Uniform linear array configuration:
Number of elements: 16
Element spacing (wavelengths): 0.75
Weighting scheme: blackman
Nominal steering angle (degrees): -15
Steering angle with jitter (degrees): -14.099
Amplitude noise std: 0.05
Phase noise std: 0.05

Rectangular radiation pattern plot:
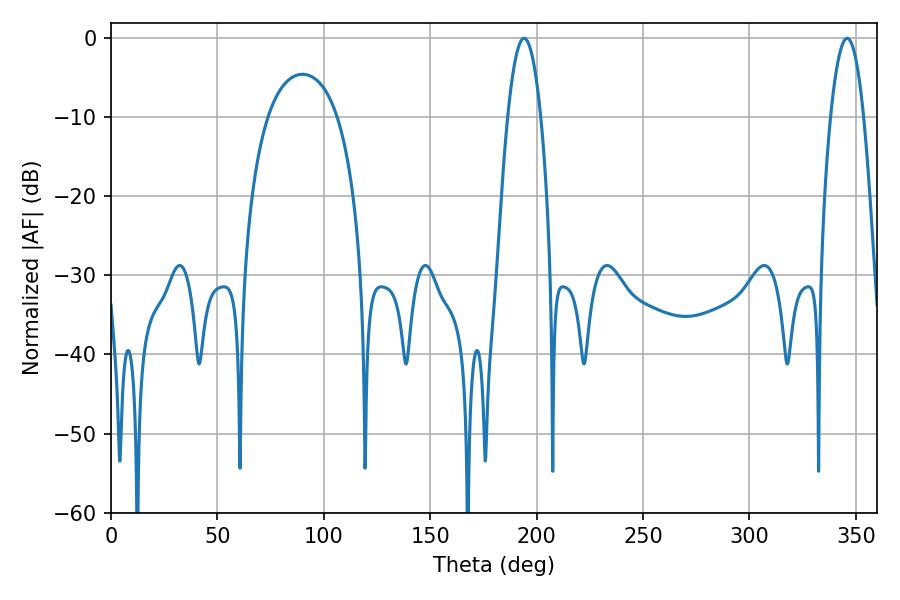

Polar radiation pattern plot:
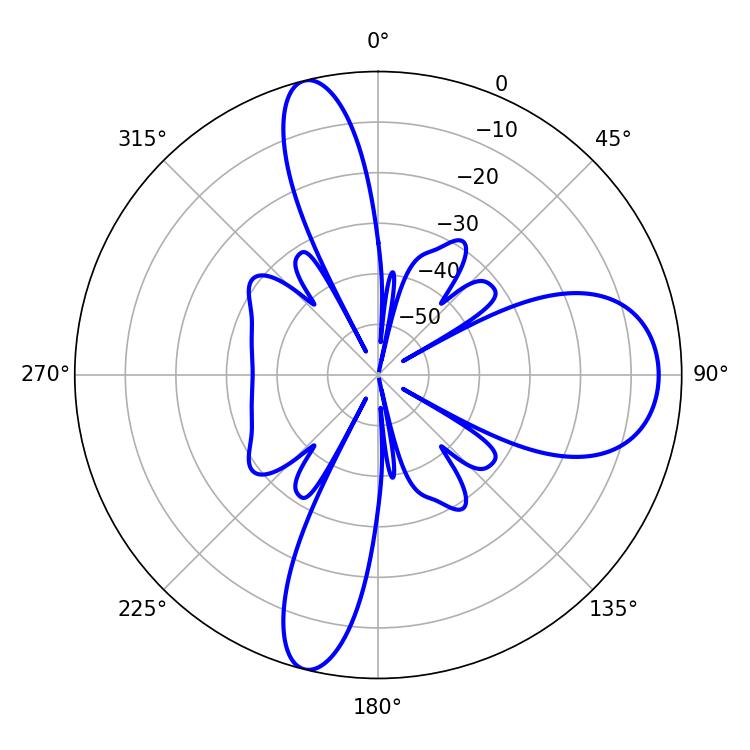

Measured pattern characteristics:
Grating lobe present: TRUE
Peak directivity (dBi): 14.189
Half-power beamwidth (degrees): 8.46
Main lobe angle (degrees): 194.04